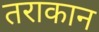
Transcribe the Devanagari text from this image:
तराकान